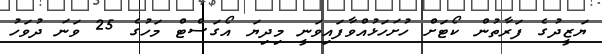
ޔަޒީދުގެ ފަރާތުން ކޯޓަށް ހުށަހަޅުއްވާފައިވަނީ މިދިޔަ އޯގަސްޓް މަހުގެ 25 ވަނަ ދުވަހު